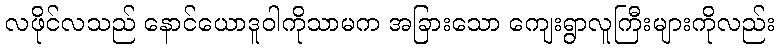
လဖိုင်လသည် နောင်ယောဒူဝါကိုသာမက အခြားသော ကျေးရွာလူကြီးများကိုလည်း